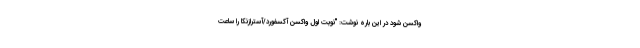
واکسن شود در این باره نوشت: "نوبت اول واکسن آکسفورد/آسترازنکا را ساعت